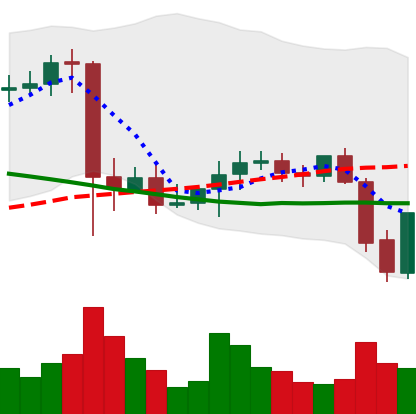
Ticker: XMR-USD
Chart end date: 2021-09-22
Forward return: -4.301%
Label: down_3_5